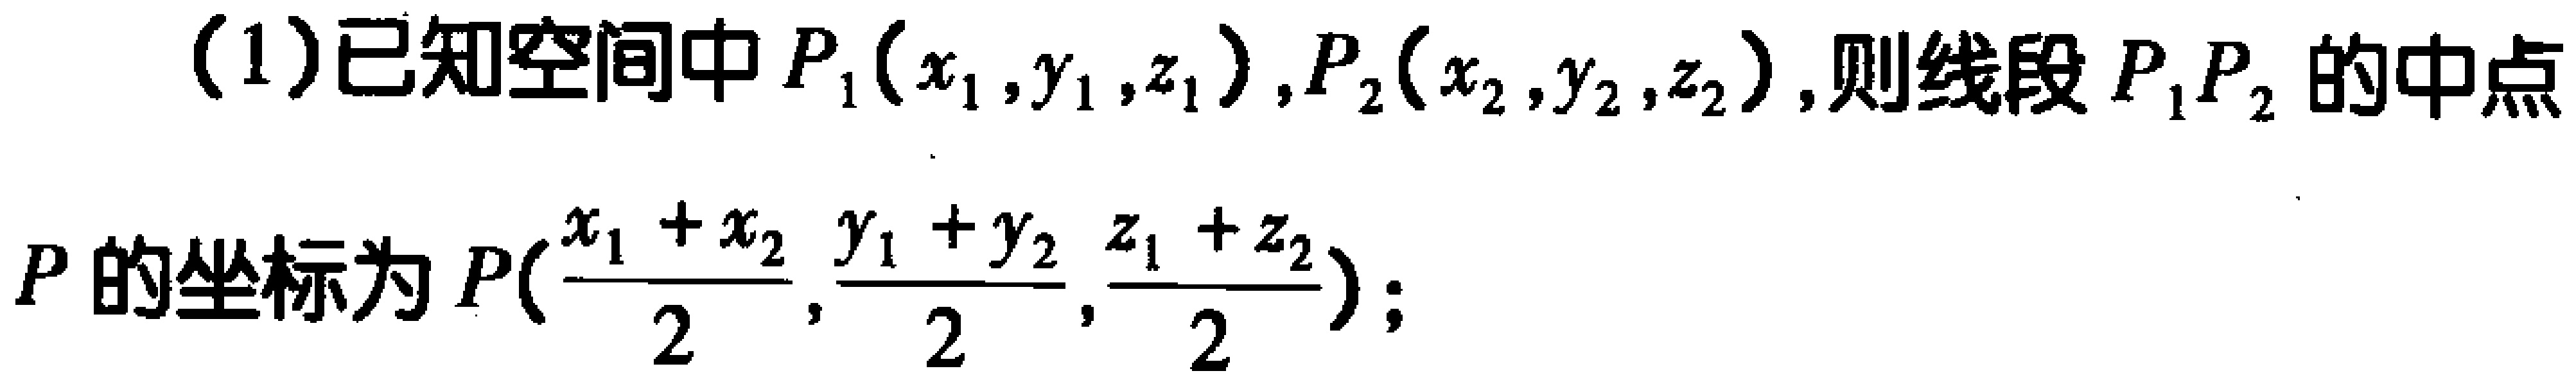
(1)已知空间中$P_1(x_1,y_1,z_1)$,$P_2(x_2,y_2,z_2)$,则线段$P_1P_2$的中点

$P$的坐标为$P(\frac{x_1 + x_2}{2},\frac{y_1 + y_2}{2},\frac{z_1 + z_2}{2})$;